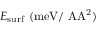
E _ { \mathrm { s u r f } } ~ \mathrm { { ( m e V / \ A A ^ { 2 } ) } }